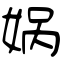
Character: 娲